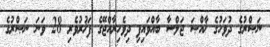
ނަޞްރުގެ ދުވަހުގެ ޚާއްޞަ ޖަލްސާ ބާއްވައިފި ދިވެހިރާއްޖޭގެ ފަޚުރުވެރި 28 ވަނަ ނަޞްރުގެ